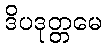
ဒိပဒုတ္တမေ